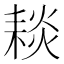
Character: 䎦